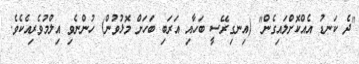
"ދެ ކަނޑު އެއްކޮށްލައިގެން" (އިނގިރޭސީ ބަހާއި އަރަބި ބަހަށް މޮޅުވުން) ހުންނެވި އިލްމުވެރިއެކެވެ.